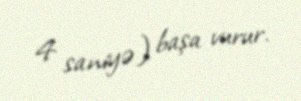
4 saniyə) başa vurur.